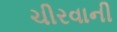
ચીરવાની